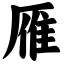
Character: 雁